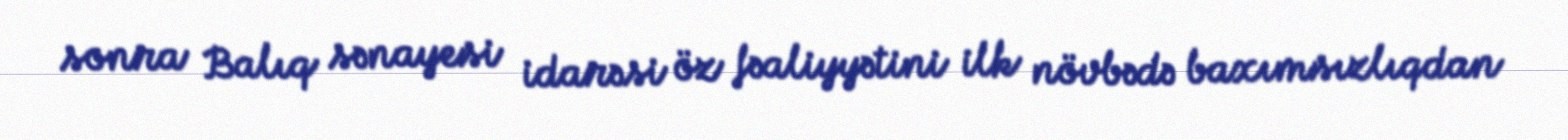
sonra Balıq sənayesi idarəsi öz fəaliyyətini ilk növbədə baxımsızlıqdan